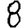
Digit: 8